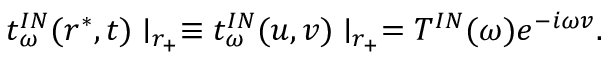
t _ { \omega } ^ { I N } ( r ^ { * } , t ) \mid _ { r _ { + } } \equiv t _ { \omega } ^ { I N } ( u , v ) \mid _ { r _ { + } } = T ^ { I N } ( \omega ) e ^ { - i \omega v } .